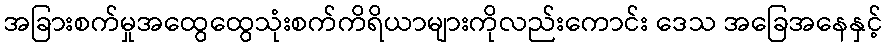
အခြားစက်မှုအထွေထွေသုံးစက်ကိရိယာများကိုလည်းကောင်း ဒေသ အခြေအနေနှင့်